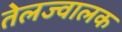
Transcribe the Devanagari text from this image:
तेलज्वालक